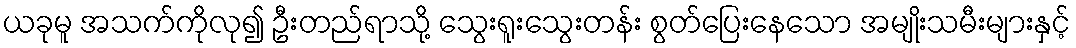
ယခုမူ အသက်ကိုလု၍ ဦးတည်ရာသို့ သွေးရူးသွေးတန်း စွတ်ပြေးနေသော အမျိုးသမီးများနှင့်